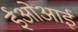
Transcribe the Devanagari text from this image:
ईओआई